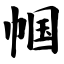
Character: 帼